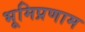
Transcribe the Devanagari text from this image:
भूमिप्रणाम